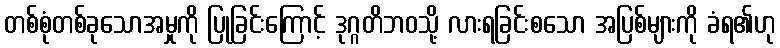
တစ်စုံတစ်ခုသောအမှုကို ပြုခြင်းကြောင့် ဒုဂ္ဂတိဘဝသို့ လားရခြင်းစသော အပြစ်များကို ခံရ၏ဟု